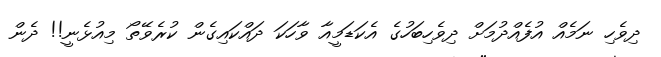
ދިވެހި ނަމެއް އުފެއްދުމަށް ދިވެހިބަހުގެ އެކަޑަމީއާ ވާހަކަ ދައްކައިގެން ކުރެވޭތޯ މިއުޅެނީ!! ދެން